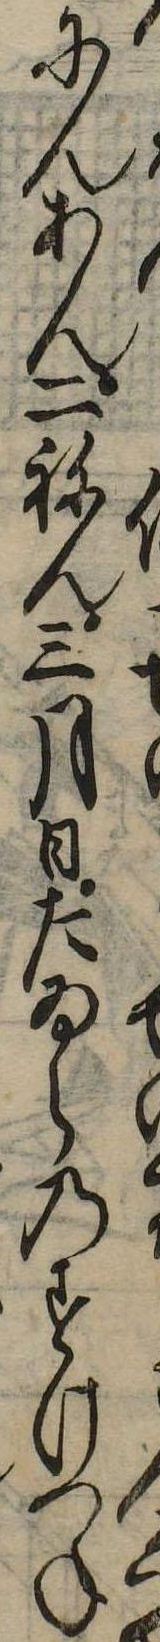
にんあん二ねん三月日たゐらのすけつね